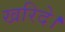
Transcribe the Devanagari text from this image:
खरिदे।